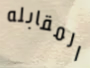
المقابله